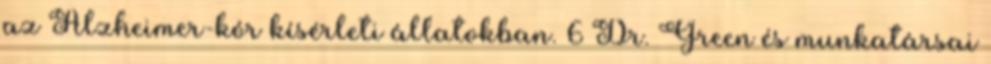
az Alzheimer-kór kísérleti állatokban. 6 Dr. Green és munkatársai